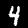
Digit: 4